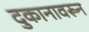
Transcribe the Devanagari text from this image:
दुकानावरून